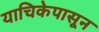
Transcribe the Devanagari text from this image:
याचिकेपासून